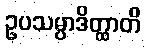
ဥပသမ္ပာဒိတ္ထာတိ